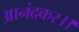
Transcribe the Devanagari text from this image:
आनंदकर।।